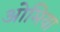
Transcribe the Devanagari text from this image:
ओमिया